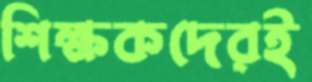
শিক্ষকদেরই